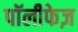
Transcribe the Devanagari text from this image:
पॉलीफेज़